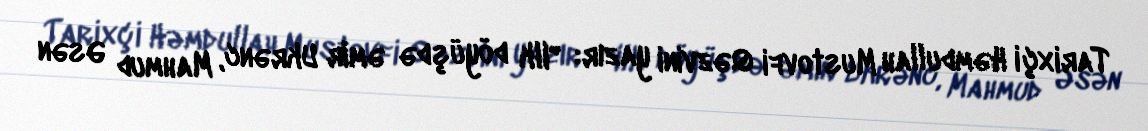
Tarixçi Həmdullah Mustovfi Qəzvini yazır: "Ilk döyüşdə əmir Ukrənc, Mahmud Əsən